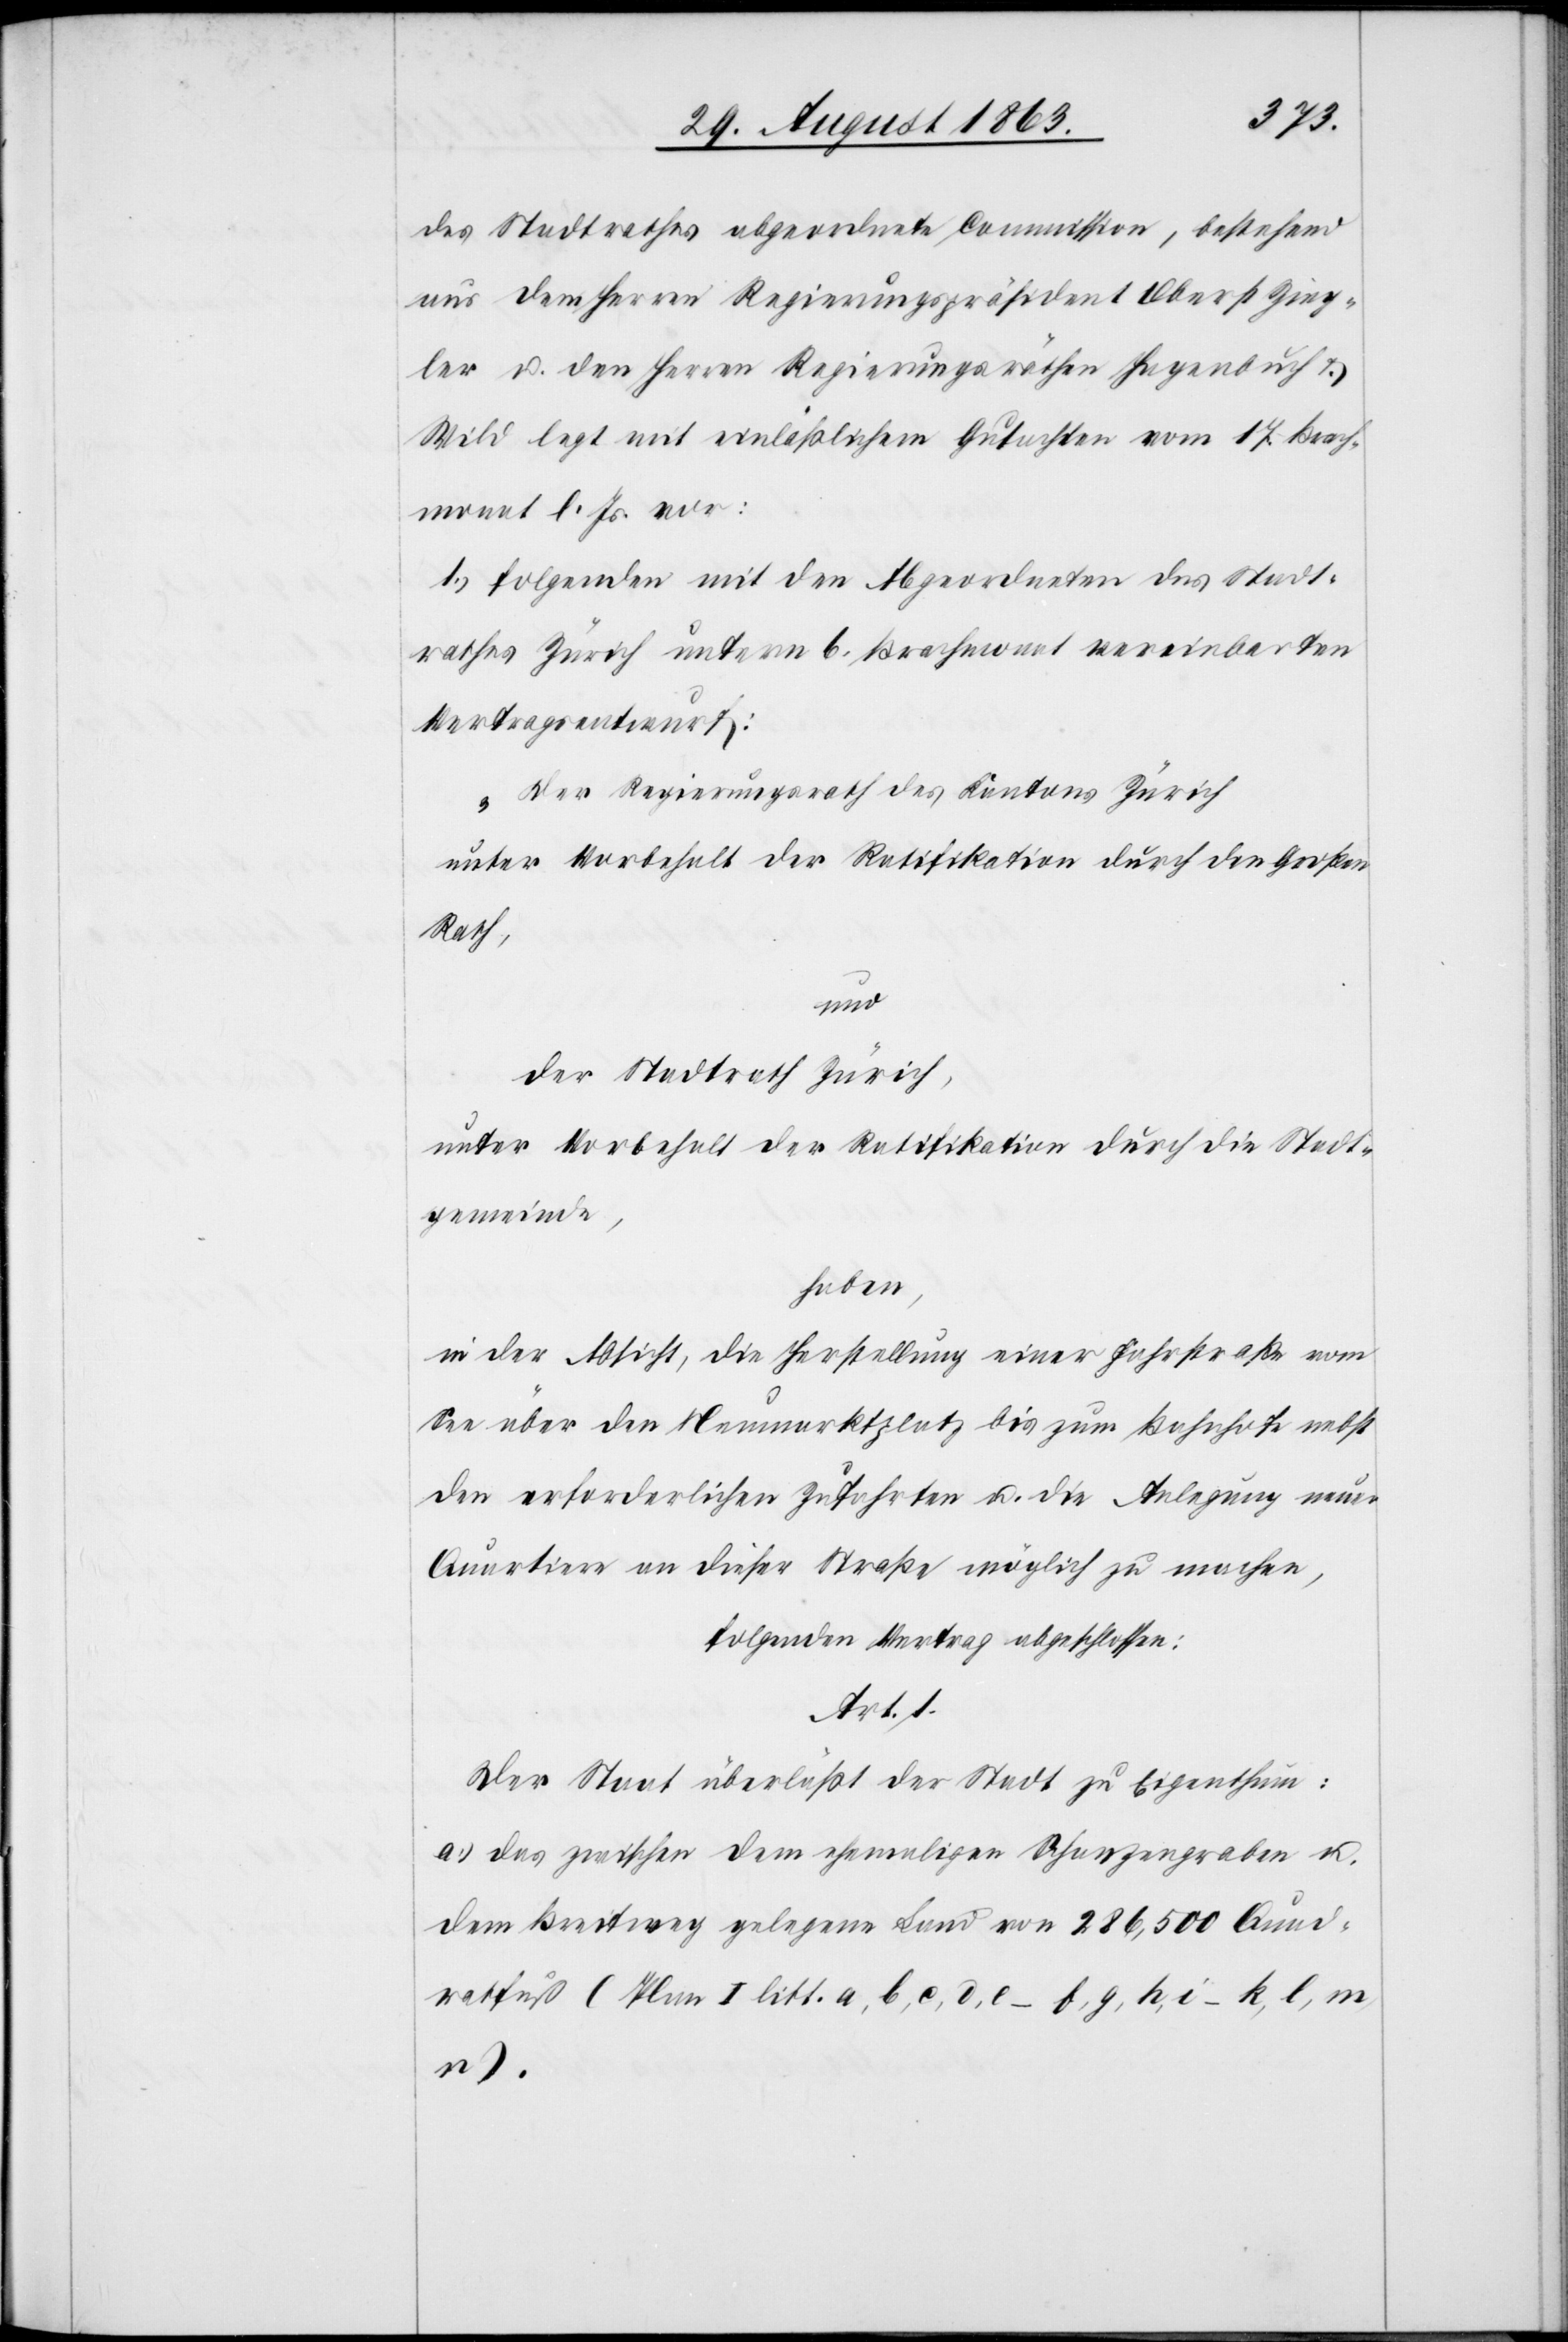
des Stadtrathes abgeordnete Commission, bestehend
aus dem Herren Regierungspräsident Oberst Zieg¬
ler u. den Herren Regierungsräthen Hagenbuch &
Wild legt mit einläßlichem Gutachten vom 17. Brach¬
monat l. Js. vor:
1.) folgenden mit den Abgeordneten des Stadt¬
rathes Zürich unterm 6. Brachmonat vereinbarten
Vertragsentwurf:
„Der Regierungsrath des Kantons Zürich
unter Vorbehalt der Ratifikation durch den Großen
Rath,
und
der Stadtrath Zürich,
unter Vorbehalt der Ratifikation durch die Stadt¬
gemeinde,
haben,
in der Absicht, die Herstellung einer Fahrstraße vom
See über den Neumarktplatz bis zum Bahnhofe nebst
den erforderlichen Zufahrten u. die Anlegung neuer
Quartiere an dieser Straße möglich zu machen,
folgenden Vertrag abgeschlossen:
Art. 1.
Der Staat überläßt der Stadt zu Eigenthum:
a.) das zwischen dem ehemaligen Schanzengraben u.
dem Breitweg gelegene Land von 286,500 Quad¬
ratfuß (Plan I litt. a, b, c, d, e – f, g, h, i – k, l, m,
n).